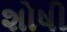
શોષી